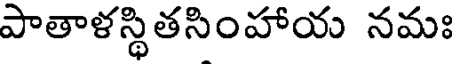
పాతాళస్థితసింహాయ నమః